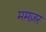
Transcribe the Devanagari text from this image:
ममज़र